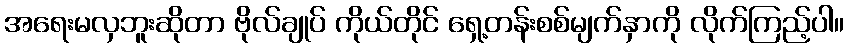
အရေးမလှဘူးဆိုတာ ဗိုလ်ချုပ် ကိုယ်တိုင် ရှေ့တန်းစစ်မျက်နှာကို လိုက်ကြည့်ပါ။